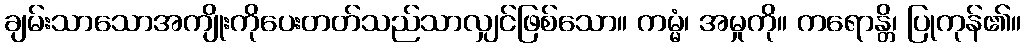
ချမ်းသာသောအကျိုးကိုပေးတတ်သည်သာလျှင်ဖြစ်သော။ ကမ္မံ၊ အမှုကို။ ကရောန္တိ၊ ပြုကုန်၏။